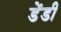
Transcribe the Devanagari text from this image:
डेंडी